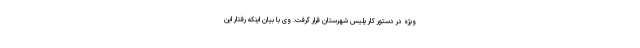
ویژه در دستور کار پلیس شهرستان قرار گرفت. وی با بیان اینکه رفتار این